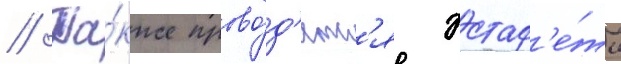
// Та́кже прово́д'ятс'я эстаф'е́ты